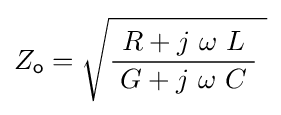
Z_{\mathsf {o}}={\sqrt {{\frac {R+j\ \omega \ L}{\;G+j\ \omega \ C\;}}\ }}